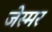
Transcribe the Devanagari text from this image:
जेस्मर